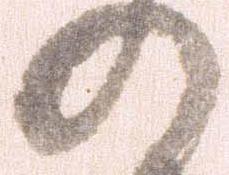
の